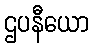
ဌပနီယော